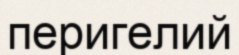
перигелий